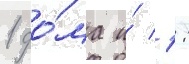
1 до́ма и́ 1: